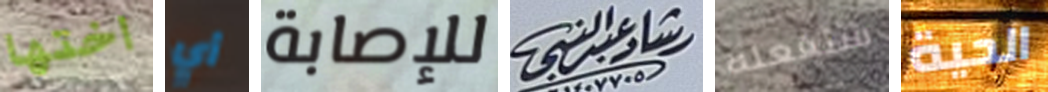
اختها أي للإصابة رشادعبدالنبي ستفعله الحية